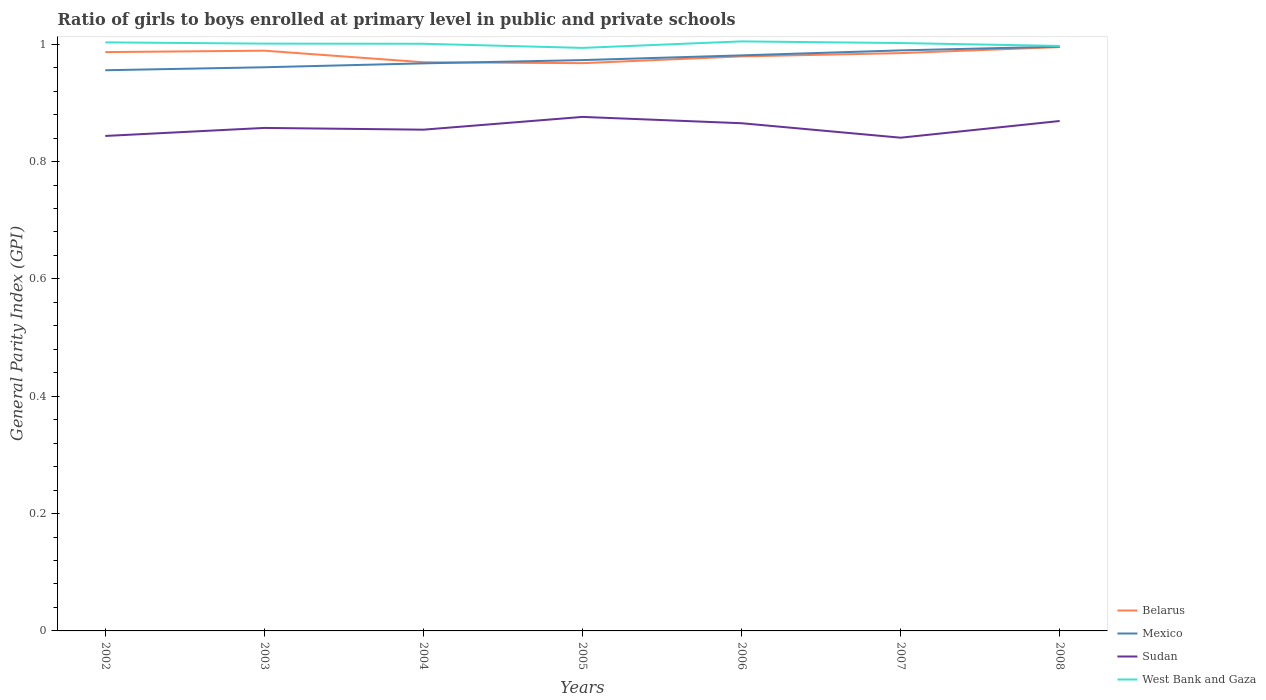
| Years | Belarus | Mexico | Sudan | West Bank and Gaza |
 | --- | --- | --- | --- | --- |
 | 2002 | 0.987 | 0.956 | 0.844 | 1 |
 | 2003 | 0.989 | 0.961 | 0.857 | 1 |
 | 2004 | 0.969 | 0.967 | 0.854 | 1 |
 | 2005 | 0.968 | 0.973 | 0.876 | 0.994 |
 | 2006 | 0.979 | 0.981 | 0.865 | 1 |
 | 2007 | 0.985 | 0.989 | 0.841 | 1 |
 | 2008 | 0.995 | 0.996 | 0.869 | 0.997 |